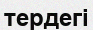
тердегі